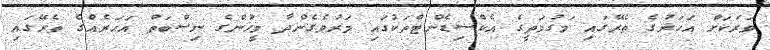
ވަރަކަށް އަހަރުގެ ތެރޭގައި މަގުމަތީގެ އެކްސިޑެންޓްތަކުގައި މަރުވެގެންދާ މީހުންގެ ނިސްބަތް އަހަރެއްގެ ތެރޭގައި